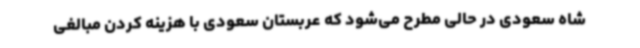
شاه سعودی در حالی مطرح می‌شود که عربستان سعودی با هزینه کردن مبالغی